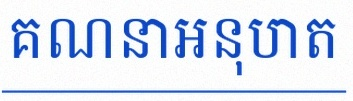
គណនាអនុបាត